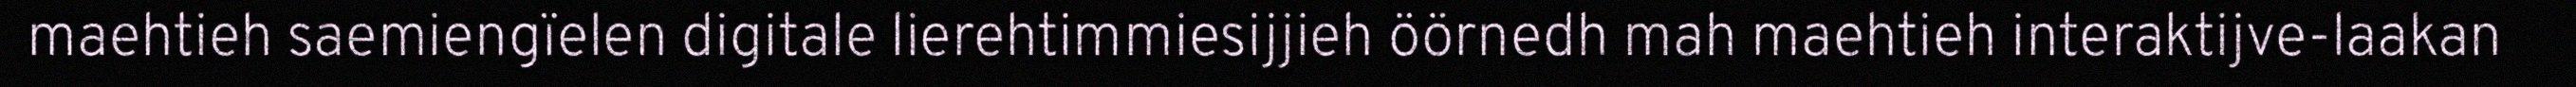
maehtieh saemiengïelen digitale lierehtimmiesijjieh öörnedh mah maehtieh interaktijve-laakan